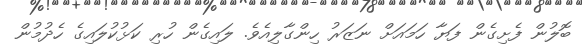
ބޮލުން ފެށިގެން ފަޔާ ހަމައަށް ނަޒަރު ހިންގާލިއެވެ. ލައިގެން ހުރި ކަޅުކުލައިގެ ހެދުމުން